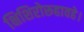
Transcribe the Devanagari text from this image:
क्षिशिरोरूहावहे।